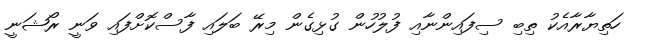
ހަތިޔާރާއެކު ތިބި ސިފައިންނާއި ފުލުހުން ގުޅިގެން މިރޭ ބަލައި ފާސްކޮށްފައި ވަނީ ރޯޝަނީ